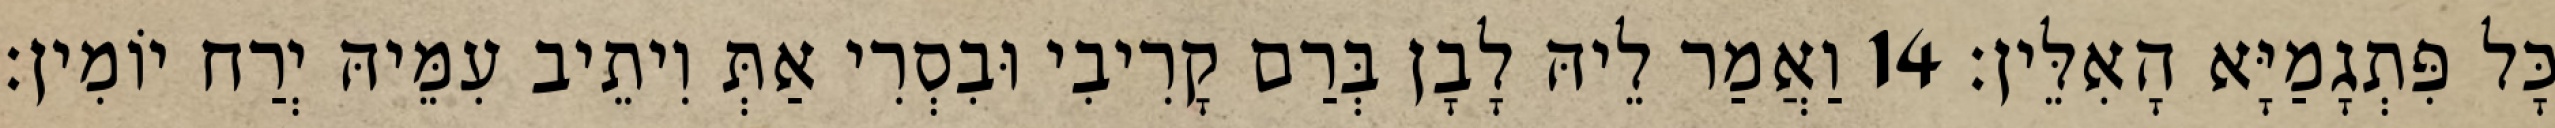
כָּל פִּתְגָמַיָּא הָאִלֵּין׃ 14 וַאֲמַר לֵיהּ לָבָן בְּרַם קָרִיבִי וּבִסְרִי אַתְּ וִיתֵיב עִמֵּיהּ יְרַח יוֹמִין׃